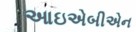
આઇએબીએન